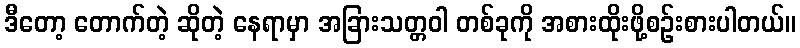
ဒီတော့ တောက်တဲ့ ဆိုတဲ့ နေရာမှာ အခြားသတ္တဝါ တစ်ခုကို အစားထိုးဖို့စဉ်းစားပါတယ်။